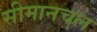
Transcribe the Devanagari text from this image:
सीमानचल